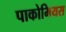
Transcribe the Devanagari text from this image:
पाकोमियस